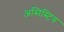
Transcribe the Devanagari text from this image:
असिस्टिव